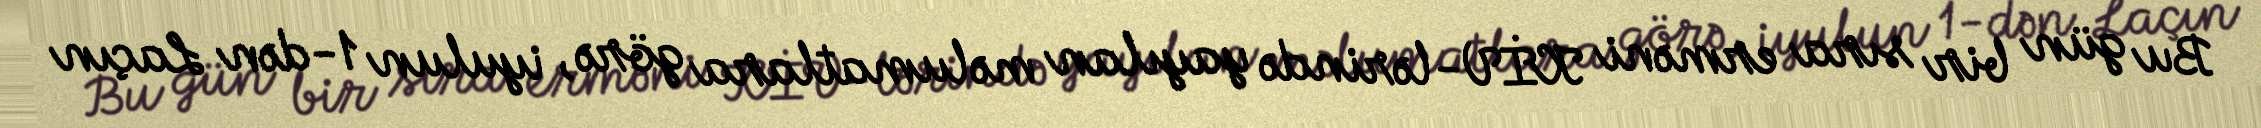
Bu gün bir sıra erməni KİV-lərində yayılan məlumatlara görə, iyulun 1-dən Laçın